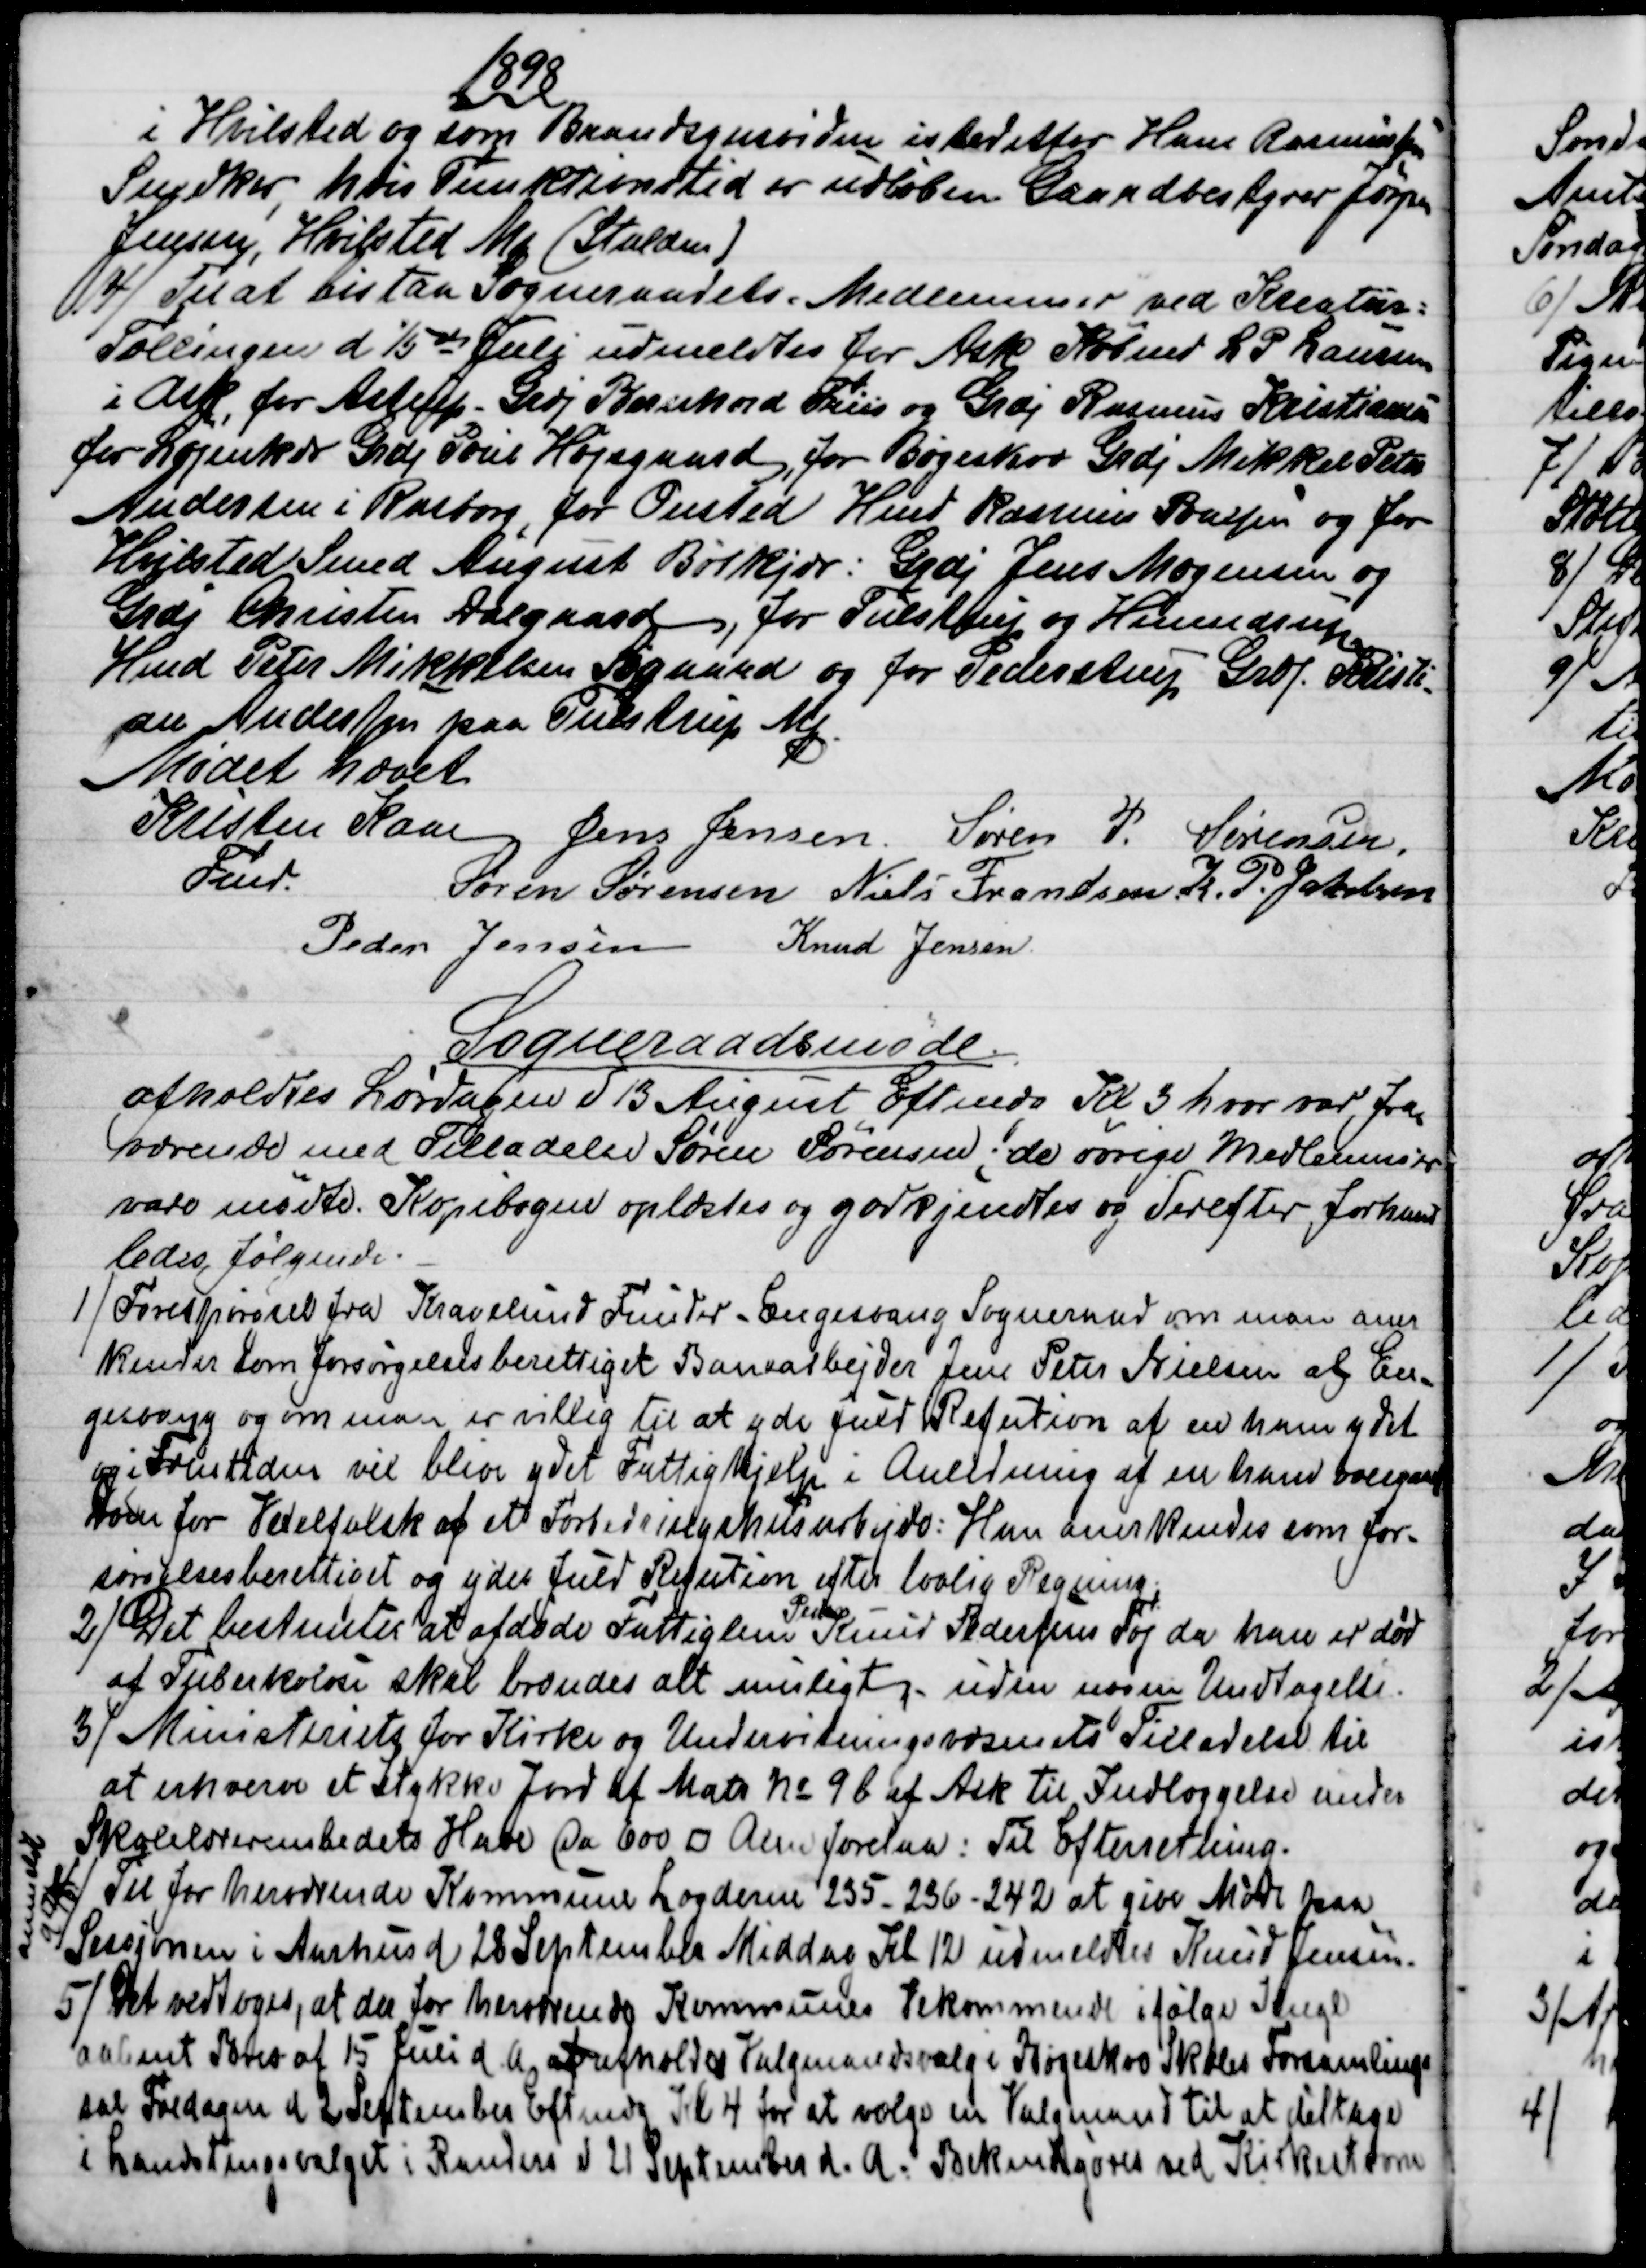
Transskription:
1898
i Hvilsted og som Brandsynsvidne istedetfor Hans Rasmussen
Snedker, hvis Funktionstid er udløben Gaardbestyrer Jørgen
Jensen, Hvilsted Mk (Stalden)
4) 
Til at bistaa Sogneraadets Medlemmer ved Kreatur=
Tællingen d 15de Juli udmeldtes for Ask Købmd L P Laursen
i Ask, for Astrup - Grdj Bernhard Friis og Grdj Rasmus Kristiansen
for Løjenkær Grdj Poul Højsgaard, for Bøgeskov Grdj Mikkel Peter
Andersen i Rasborg, for Onsted Hmd Rasmus Poulsen og for
Hvilsted Smed August Bøtkjær: Grdj Jens Mogensen og
Grdj Christen Dalgaard, for Tulstrup og Hinnedrup
Hmd Peter Mikkelsen Søgaard og for Pederstrup, Grdj. Kristi-
-
an Andersen paa Tulstrup Mk
Mødet hævet
Kristen Kaae  
Fmd.
Jens Jensen  Søren P. Sørensen.
Søren Sørensen  Niels Frandsen  K. P. Jakobsen
Peder Jensen  Knud Jensen
Sogneraadsmøde.
afholdtes Lørdagen d 13 August Eftmdg Kl 3 hvor var fra
=
værende med Tilladelse Søren Sørensen; de øvrige Medlemmer
vare mødte. Kopibogen oplæstes og godkjendtes og derefter forhand-
ledes følgende.
1)
Forespørgsel fra Kragelund Funder - Engesvang Sogneraad om man aner
kender som forsørgelsesberettiget Banearbejder Jens Peter Nielsen af En-
gesvang og om man er villig til at yde fuld Refution af en ham ydet
og i Fremtiden vil blive ydet Fattighjælp i Anledning af en ham overgaaet
Dom for Vexelfalsk af et Forbedringshusarbejde: Han anerkendes som for-
sørgelsesberettiget og ydes fuld Refution efter lovlig Regning.
2) 
Det bestemtes at afdøde Fattiglem 
Peder
Knud Pedersens Tøj da han er død
af Tuberkulose skal brændes alt muligt - uden nogen Undtagelse.
3) 
Ministeriets for Kirke og Underretningsvæsenets Tilladelse til
at erhverve et Stykke Jord af Matr № 9b af Ask til Indlæggelse under
Skolelærerembedets Have Ca 600 □ Alen forelaa: Til Efterretning.
 4)
 Til for herværende Kommune Lægderne 235 - 236 - 242 at give Møde paa
Sessjonen i Aarhus d 28 September Middag Kl 12 udmeldtes Knud Jensen.
anmeldt
d 17/8
5) 
Det vedtoges, at der for herværende Kommunes Vedkommende ifølge Kngl
aabent Brev af 15 Juli d. A. af afholdes Valgmandsvalg i Bøgeskov Skoles Forsamlings
sal Fredagen d 2 September Eftmdg Kl 4 for at vælge en Valgmand til at deltage
i Landstingsvalget i Randers d 21 September d. A. Bekendtgøres ved Kirkestævne